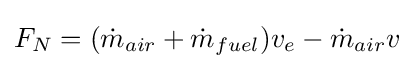
F_{N}=({\dot {m}}_{air}+{\dot {m}}_{fuel})v_{e}-{\dot {m}}_{air}v